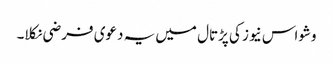
وشواس نیوز کی پڑتال میں یہ دعوی فرضی نکلا۔